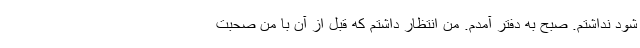
شود نداشتم. صبح به دفتر آمدم. من انتظار داشتم که قبل از آن با من صحبت